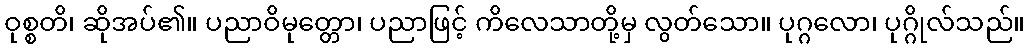
ဝုစ္စတိ၊ ဆိုအပ်၏။ ပညာဝိမုတ္တော၊ ပညာဖြင့် ကိလေသာတို့မှ လွတ်သော။ ပုဂ္ဂလော၊ ပုဂ္ဂိုလ်သည်။